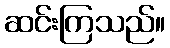
ဆင်းကြသည်။